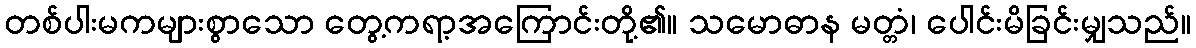
တစ်ပါးမကများစွာသော တွေ့ကရာ့အကြောင်းတို့၏။ သမောဓာန မတ္တံ၊ ပေါင်းမိခြင်းမျှသည်။